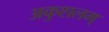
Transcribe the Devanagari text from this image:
अकुशलम्